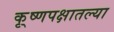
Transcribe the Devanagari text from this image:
कृ्ष्णपक्षातल्या